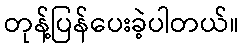
တုန့်ပြန်ပေးခဲ့ပါတယ်။